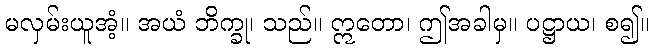
မလှမ်းယူအံ့။ အယံ ဘိက္ခု၊ သည်။ ဣတော၊ ဤအခါမှ။ ပဋ္ဌာယ၊ စ၍။